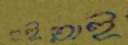
হইয়াই